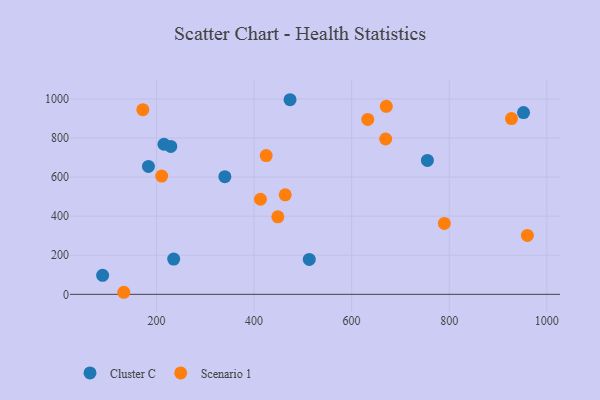
{"axis": {"x": "Price", "y": "Profit"}, "legend": ["Cluster C", "Scenario 1"], "data": [{"x": "215.4", "y": 768.2, "type": "Cluster C"}, {"x": "235.3", "y": 180.2, "type": "Cluster C"}, {"x": "229.4", "y": 756.8, "type": "Cluster C"}, {"x": "755.3", "y": 685.3, "type": "Cluster C"}, {"x": "340.2", "y": 602.0, "type": "Cluster C"}, {"x": "952.3", "y": 930.0, "type": "Cluster C"}, {"x": "89.7", "y": 97.2, "type": "Cluster C"}, {"x": "513.2", "y": 178.8, "type": "Cluster C"}, {"x": "473.8", "y": 996.0, "type": "Cluster C"}, {"x": "183.6", "y": 654.5, "type": "Cluster C"}, {"x": "463.9", "y": 509.4, "type": "Scenario 1"}, {"x": "448.8", "y": 396.8, "type": "Scenario 1"}, {"x": "671.1", "y": 962.0, "type": "Scenario 1"}, {"x": "413.2", "y": 486.6, "type": "Scenario 1"}, {"x": "669.8", "y": 794.9, "type": "Scenario 1"}, {"x": "210.8", "y": 605.4, "type": "Scenario 1"}, {"x": "790.0", "y": 363.1, "type": "Scenario 1"}, {"x": "172.1", "y": 945.3, "type": "Scenario 1"}, {"x": "960.2", "y": 301.4, "type": "Scenario 1"}, {"x": "133.1", "y": 10.5, "type": "Scenario 1"}, {"x": "927.6", "y": 899.5, "type": "Scenario 1"}, {"x": "633.1", "y": 895.3, "type": "Scenario 1"}, {"x": "424.9", "y": 709.9, "type": "Scenario 1"}]}